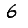
Digit: 6